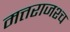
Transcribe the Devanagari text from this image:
मत्तराजश्च